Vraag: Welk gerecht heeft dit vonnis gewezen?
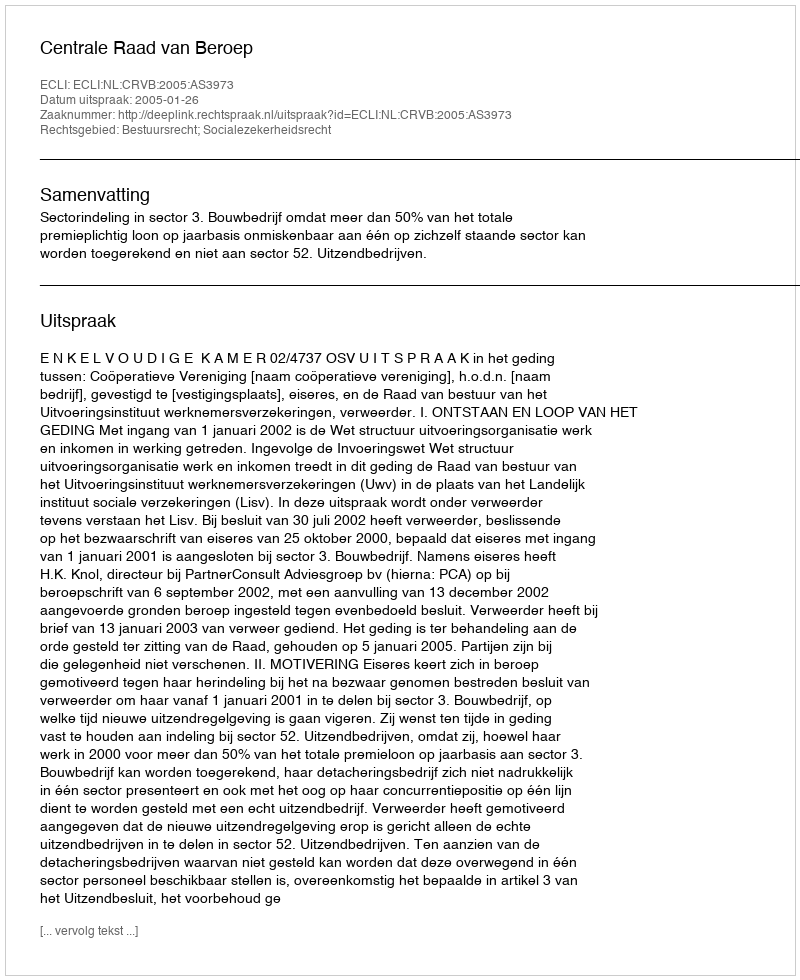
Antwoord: Centrale Raad van Beroep